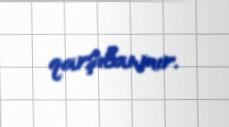
qarşılanmır.